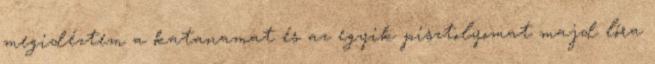
megidéztem a katanamat és az egyik pisztolyomat majd lóra